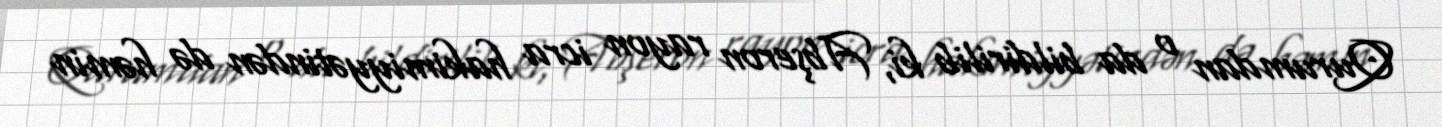
Qurumdan o da bildirilib ki, Abşeron rayon icra hakimiyyətindən də həmin